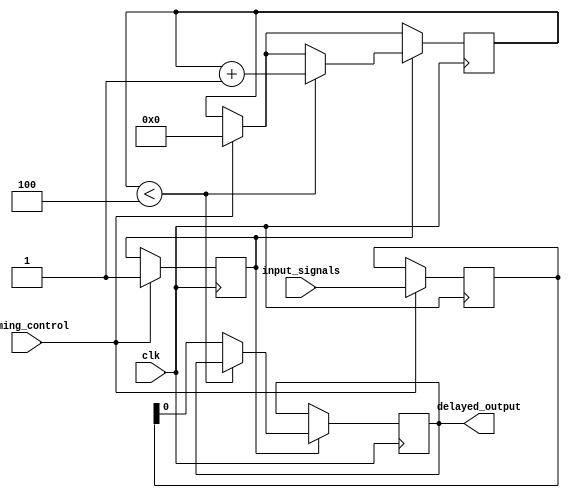
module timing_control_and_sync_block (
  input wire timing_control,
  input wire [1:0] input_signals,
  input wire clk,
  output reg delayed_output
);

reg [1:0] selected_signal;
reg data_ready = 0;
reg [3:0] delay_count = 0;

always @ (posedge clk) begin
  if (timing_control) begin
    selected_signal <= input_signals;
    data_ready <= 1;
    delay_count <= 0;
  end
  if (data_ready) begin
    if (delay_count < 4) begin
      delay_count <= delay_count + 1;
    end else begin
      delayed_output <= selected_signal;
    end
  end
end

endmodule